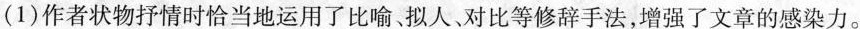
(1)作者状物抒情时恰当地运用了比喻、拟人、对比等修辞手法，增强了文章的感染力。